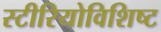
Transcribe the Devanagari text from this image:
स्टीरियोविशिष्ट